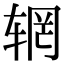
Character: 辋